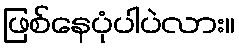
ဖြစ်နေပုံပါပဲလား။